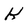
Character: k